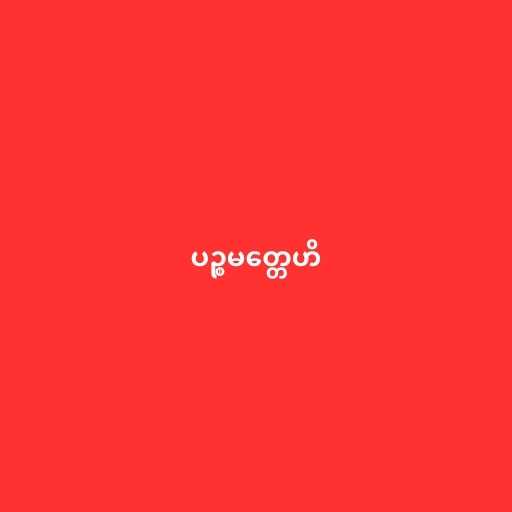
ပဉ္စမတ္တေဟိ